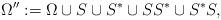
LaTeX: \begin{align*}\Omega'' &:= \Omega\cup S\cup S^*\cup SS^*\cup S^*S,\end{align*}